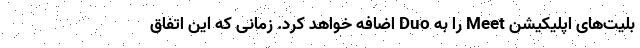
بلیت‌های اپلیکیشن Meet را به Duo اضافه خواهد کرد. زمانی که این اتفاق